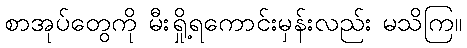
စာအုပ်တွေကို မီးရှို့ရကောင်းမှန်းလည်း မသိကြ။